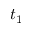
t _ { 1 }